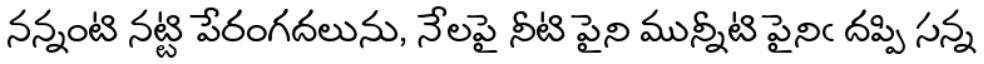
నన్నంటి నట్టి పేరంగదలును, నేలపై నీటి పైని మున్నీటి పైనిఁ దప్పి సన్న